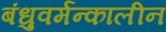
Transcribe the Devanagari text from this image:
बंधुवर्मन्कालीन